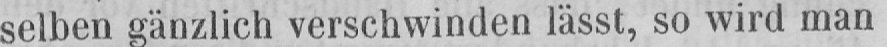
selben gänzlich verschwinden lässt, so wird man